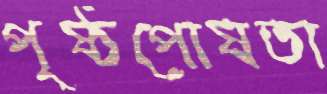
পৃষ্ঠপোষতা